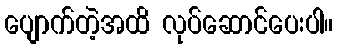
ပျောက်တဲ့အထိ လုပ်ဆောင်ပေးပါ။